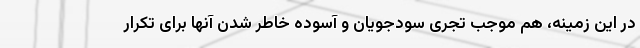
در این زمینه، هم موجب تجری سودجویان و آسوده خاطر شدن آنها برای تکرار